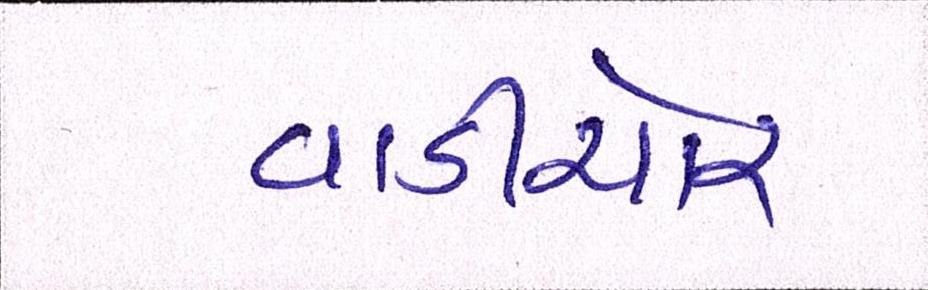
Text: વાડીચોર